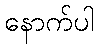
နောက်ပါ